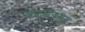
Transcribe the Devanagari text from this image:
कब्बलाह